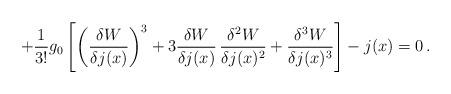
LaTeX: \begin{align*}+ \frac{1}{3!} g_0 \left[ \left( \frac{\delta W}{\delta j(x)} \right)^3 + 3 \frac{\delta W}{\delta j(x)} \, \frac{\delta^2 W}{\delta j(x)^2} + \frac{\delta^3 W}{\delta j(x)^3} \right]- j(x) = 0\,.\end{align*}